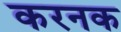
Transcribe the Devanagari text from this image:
करनक